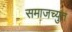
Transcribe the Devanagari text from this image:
समाजच्युत